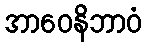
အာဝေနိဘာဝံ